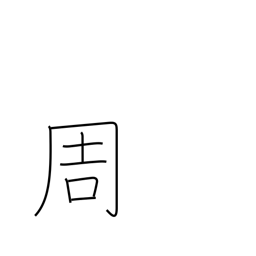
Meaning: circuit